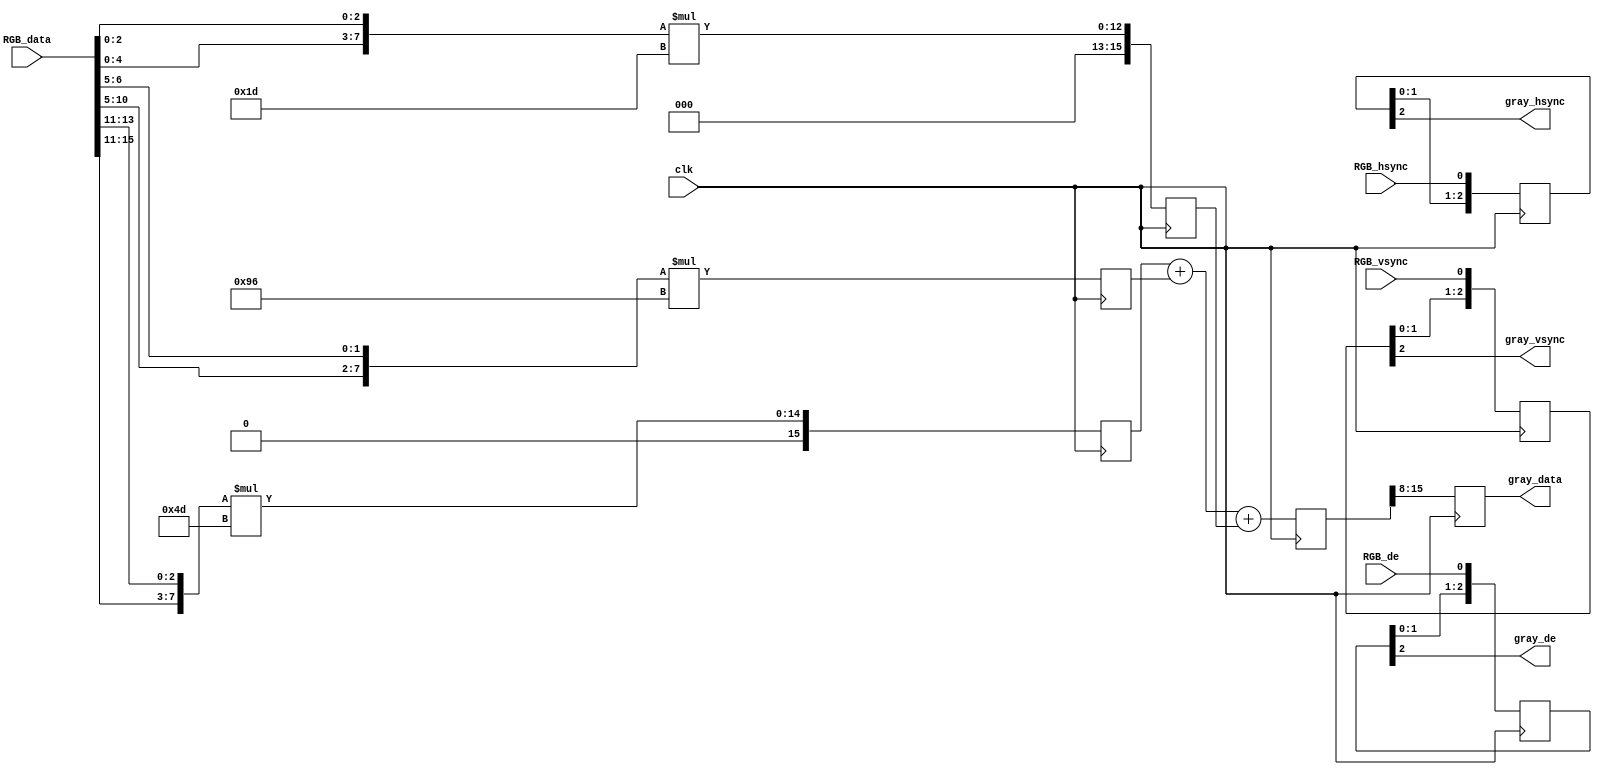
module YCbCr(
    input                               clk                        ,
    input                               RGB_de,RGB_hsync,RGB_vsync ,
    input              [  15:0]         RGB_data                   ,//  RGB565
    output                              gray_de,gray_hsync,gray_vsync,
    output             [   7:0]         gray_data                   
);

wire                   [   7:0]         R0,G0,B0                   ;
reg                    [  15:0]         R1,G1,B1,R2,G2,B2,R3,G3,B3 ;
reg                    [  15:0]         Y1,Cb1,Cr1                 ;
reg                    [   7:0]         Y2,Cb2,Cr2                 ;

reg                    [   2:0]         RGB_de_r,RGB_hsync_r,RGB_vsync_r;

assign R0 = {RGB_data[15:11],RGB_data[13:11]};                      //  R8
assign G0 = {RGB_data[10: 5],RGB_data[ 6: 5]};                      //  G8
assign B0 = {RGB_data[ 4: 0],RGB_data[ 2: 0]};                      //  B8
// assign gray_data = {Y2[7:3],Y2[7:2],Y2[7:3]}; //YRGB565
assign gray_data = Y2;

always @(posedge clk) begin
    {R1,G1,B1} <= { {R0 * 16'd77},  {G0 * 16'd150}, {B0 * 16'd29 } };
    {R2,G2,B2} <= { {R0 * 16'd43},  {G0 * 16'd85},  {B0 * 16'd128} };
    {R3,G3,B3} <= { {R0 * 16'd128}, {G0 * 16'd107}, {B0 * 16'd21 } };
end

always @(posedge clk) begin
    Y1  <= R1 + G1 + B1;
    Cb1 <= B2 - R2 - G2 + 16'd32768;                                //  128256
    Cr1 <= R3 - G3 - B3 + 16'd32768;                                //  128256
end

always @(posedge clk) begin
    Y2  <= Y1[15:8];
    Cb2 <= Cb1[15:8];
    Cr2 <= Cr1[15:8];
end
//==========================================================================
//==    ()
//==========================================================================
always @(posedge clk) begin
    RGB_de_r    <= {RGB_de_r[1:0],    RGB_de};
    RGB_hsync_r <= {RGB_hsync_r[1:0], RGB_hsync};
    RGB_vsync_r <= {RGB_vsync_r[1:0], RGB_vsync};
end

assign gray_de    = RGB_de_r[2];
assign gray_hsync = RGB_hsync_r[2];
assign gray_vsync = RGB_vsync_r[2];


endmodule